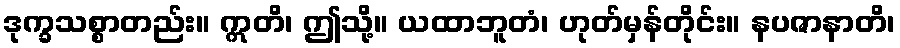
ဒုက္ခသစ္စာတည်း။ ဣတိ၊ ဤသို့။ ယထာဘူတံ၊ ဟုတ်မှန်တိုင်း။ နပဇာနာတိ၊